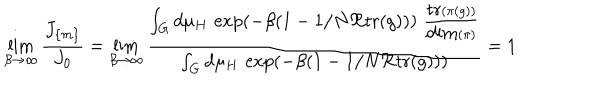
\lim _ { \beta \to \infty } \frac { J _ { \{ m \} } } { J _ { 0 } } = \lim _ { \beta \to \infty } \frac { \int _ { G } d \mu _ { H } \, \exp ( - \beta ( 1 - 1 / N \Re \mathrm { t r } ( g ) ) ) \, \, \frac { \mathrm { t r } ( \pi ( g ) ) } { \mathrm { d i m } ( \pi ) } } { \int _ { G } d \mu _ { H } \, \exp ( - \beta ( 1 - 1 / N \Re \mathrm { t r } ( g ) ) ) } = 1